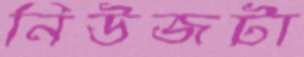
নিউজটা